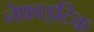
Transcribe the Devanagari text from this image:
नेफ्राइटिक